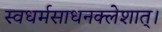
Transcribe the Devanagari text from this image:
स्वधर्मसाधनक्लेशात्‌।